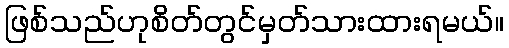
ဖြစ်သည်ဟုစိတ်တွင်မှတ်သားထားရမယ်။